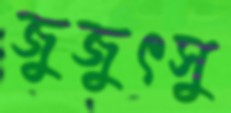
জুজুৎসু